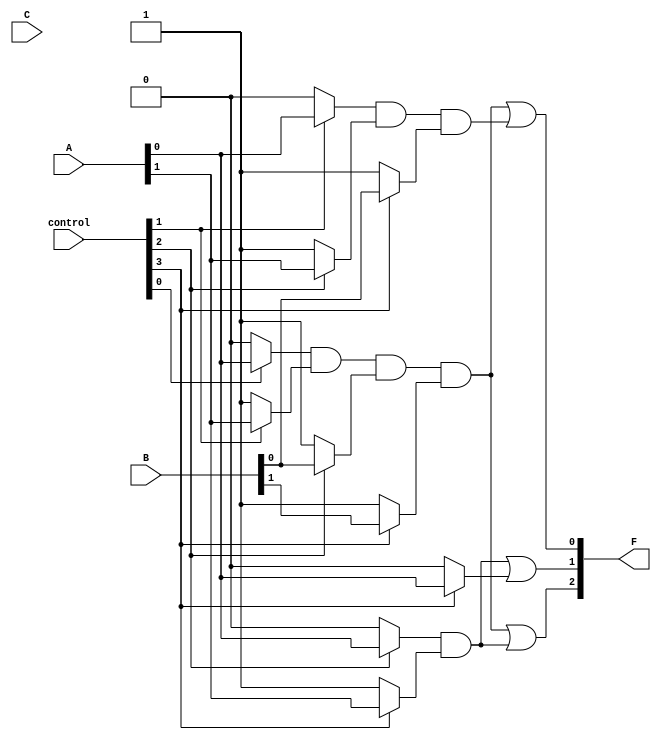
module PLA (
    input wire [3:0] A,      // 4 input lines
    input wire [3:0] B,      // 4 input lines
    input wire [3:0] C,      // 4 input lines
    input wire [3:0] control, // Control signals for programmability
    output wire [2:0] F      // 3 output lines
);

    // Define the number of AND gates and OR gates
    parameter NUM_AND_GATES = 4;
    parameter NUM_OR_GATES = 3;

    // Declare wires for product terms from the AND gates
    wire [NUM_AND_GATES-1:0] product_terms;

    // AND Plane: Programmable AND gates
    genvar i;
    generate
        for (i = 0; i < NUM_AND_GATES; i = i + 1) begin: and_gates
            assign product_terms[i] = (control[i] ? A[0] : 1'b0) &
                                       (control[i+1] ? A[1] : 1'b1) &
                                       (control[i+2] ? B[0] : 1'b1) &
                                       (control[i+3] ? B[1] : 1'b1);
        end
    endgenerate

    // OR Plane: Programmable OR gates
    assign F[0] = product_terms[0] | product_terms[1]; // OR gate 1
    assign F[1] = product_terms[2] | product_terms[3]; // OR gate 2
    assign F[2] = product_terms[0] | product_terms[2]; // OR gate 3

endmodule